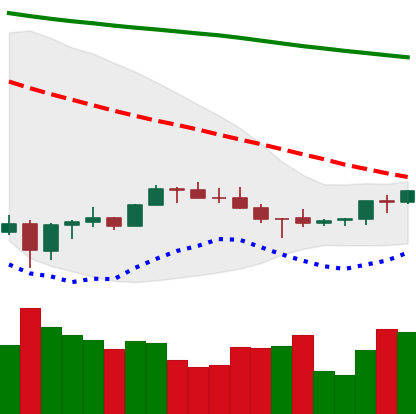
Ticker: BNB-USD
Chart end date: 2022-07-06
Forward return: -5.3%
Label: down_5_7